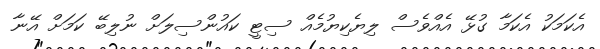
އެކަމަކު އެކަމާ ގުޅޭ އެއްވެސް ލިޔެކިޔުމެއް ސިޓީ ކައުންސިލަށް ނުލިބޭ ކަމަށް އޭނާ